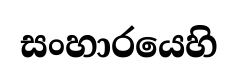
සංහාරයෙහි